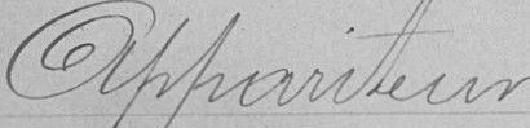
Appariteur